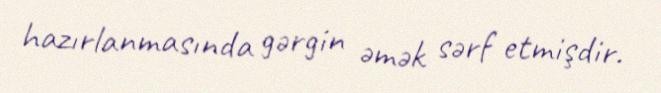
hazırlanmasında gərgin əmək sərf etmişdir.